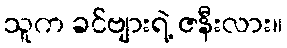
သူက ခင်ဗျားရဲ့ ဇနီးလား။